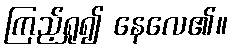
ကြည့်ရှု၍ နေလေ၏။